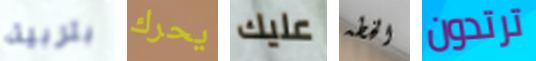
بتربية يحرك عليك الخطه ترتدون